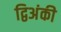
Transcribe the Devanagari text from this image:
द्विअंकी